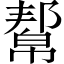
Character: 幚